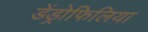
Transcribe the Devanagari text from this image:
डेंड्रोफिलिया